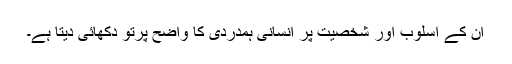
ان کے اسلوب اور شخصیت پر انسانی ہمدردی کا واضح پرتو دکھائی دیتا ہے۔